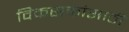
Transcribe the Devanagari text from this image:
विकसकांसाठी